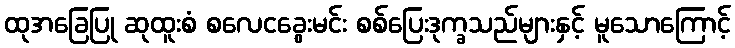
ထုအခြေပြု ဆုထူးစံ စလေငခွေးမင်း စစ်ပြေးဒုက္ခသည်များနှင့် မူသောကြောင့်